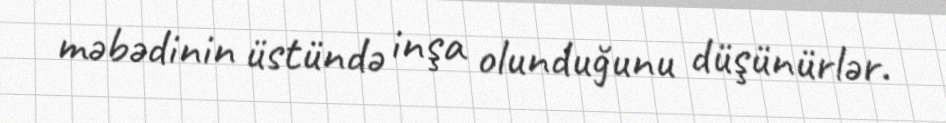
məbədinin üstündə inşa olunduğunu düşünürlər.